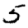
Digit: 5